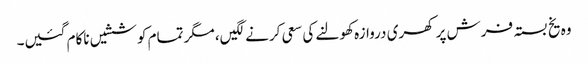
وہ یخ بستہ فرش پر کھری دروازہ کھولنے کی سعی کرنے لگیں، مگر تمام کوششیں ناکام گئیں۔